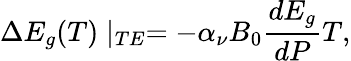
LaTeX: \Delta E_{g}(T)\mid_{TE}=-\alpha_{\nu}B_{0}\frac{dE_{g}}{dP}T,